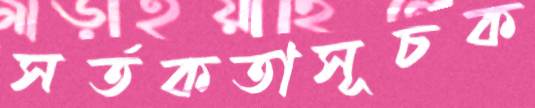
সর্তকতাসূচক